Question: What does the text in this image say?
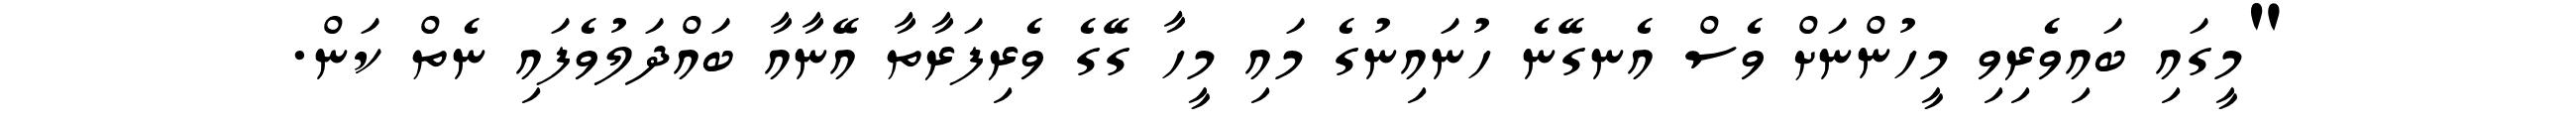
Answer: "މީގައި ބައިވެރިވި މީހުންނަށް ވެސް އެނގޭނެ ހުނައިނުގެ މައި މީހާ ގޭގެ ވެރިފަރާތާ އޭނާއާ ބައްދަލުވެފައި ނެތް ކަން.